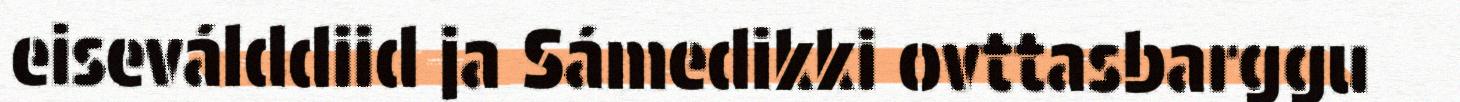
eiseválddiid ja Sámedikki ovttasbarggu